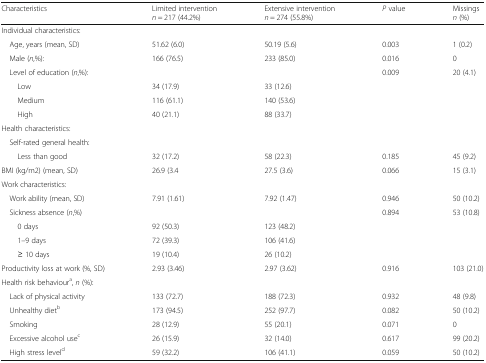
<table><thead><tr><td><b>Characteristics</b></td><td><b>Limited intervention <i>n</i> = 217 (44.2%)</b></td><td><b>Extensive intervention <i>n</i> = 274 (55.8%)</b></td><td><b><i>P</i> value</b></td><td><b>Missings<i>n</i> (%)</b></td></tr></thead><tbody><tr><td colspan="5">Individual characteristics:</td></tr><tr><td> Age, years (mean, SD)</td><td>51.62 (6.0)</td><td>50.19 (5.6)</td><td>0.003</td><td>1 (0.2)</td></tr><tr><td> Male (<i>n</i>,%):</td><td>166 (76.5)</td><td>233 (85.0)</td><td>0.016</td><td>0</td></tr><tr><td> Level of education (<i>n</i>,%):</td><td></td><td></td><td>0.009</td><td>20 (4.1)</td></tr><tr><td>Low</td><td>34 (17.9)</td><td>33 (12.6)</td><td></td><td></td></tr><tr><td>Medium</td><td>116 (61.1)</td><td>140 (53.6)</td><td></td><td></td></tr><tr><td>High</td><td>40 (21.1)</td><td>88 (33.7)</td><td></td><td></td></tr><tr><td colspan="5">Health characteristics:</td></tr><tr><td colspan="5"> Self-rated general health:</td></tr><tr><td>Less than good</td><td>32 (17.2)</td><td>58 (22.3)</td><td>0.185</td><td>45 (9.2)</td></tr><tr><td>BMI (kg/m2) (mean, SD)</td><td>26.9 (3.4</td><td>27.5 (3.6)</td><td>0.066</td><td>15 (3.1)</td></tr><tr><td colspan="5">Work characteristics:</td></tr><tr><td> Work ability (mean, SD)</td><td>7.91 (1.61)</td><td>7.92 (1.47)</td><td>0.946</td><td>50 (10.2)</td></tr><tr><td> Sickness absence (<i>n</i>,%)</td><td></td><td></td><td>0.894</td><td>53 (10.8)</td></tr><tr><td>0 days</td><td>92 (50.3)</td><td>123 (48.2)</td><td></td><td></td></tr><tr><td>1–9 days</td><td>72 (39.3)</td><td>106 (41.6)</td><td></td><td></td></tr><tr><td>≥ 10 days</td><td>19 (10.4)</td><td>26 (10.2)</td><td></td><td></td></tr><tr><td>Productivity loss at work (%, SD)</td><td>2.93 (3.46)</td><td>2.97 (3.62)</td><td>0.916</td><td>103 (21.0)</td></tr><tr><td colspan="5">Health risk behaviour<sup>a</sup>, <i>n</i> (%):</td></tr><tr><td> Lack of physical activity</td><td>133 (72.7)</td><td>188 (72.3)</td><td>0.932</td><td>48 (9.8)</td></tr><tr><td> Unhealthy diet<sup>b</sup></td><td>173 (94.5)</td><td>252 (97.7)</td><td>0.082</td><td>50 (10.2)</td></tr><tr><td> Smoking</td><td>28 (12.9)</td><td>55 (20.1)</td><td>0.071</td><td>0</td></tr><tr><td> Excessive alcohol use<sup>c</sup></td><td>26 (15.9)</td><td>32 (14.0)</td><td>0.617</td><td>99 (20.2)</td></tr><tr><td> High stress level<sup>d</sup></td><td>59 (32.2)</td><td>106 (41.1)</td><td>0.059</td><td>50 (10.2)</td></tr></tbody></table>